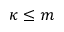
\kappa \leq m